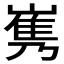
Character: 𡻎